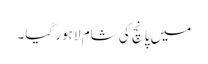
میں پانچ کی شام لاہور گیا۔